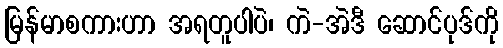
မြန်မာစကားဟာ အရတူပါပဲ၊ ကဲ-အဲဒီ ဆောင်ပုဒ်ကို